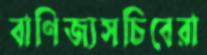
বাণিজ্যসচিবেরা